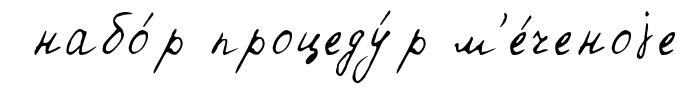
набо́р процеду́р м'е́ченоjе